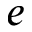
e